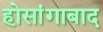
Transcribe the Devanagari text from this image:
होसांगाबाद